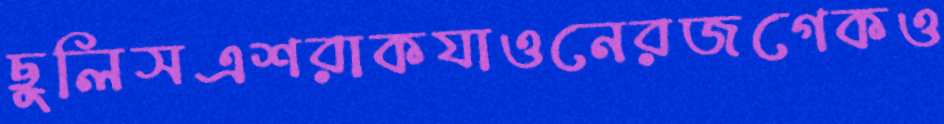
ছুলিসএশরাকযাওনেরজগেকও